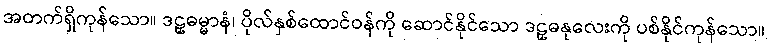
အတက်ရှိကုန်သော။ ဒဠှဓမ္မာနံ၊ ပိုလ်နှစ်ထောင်ဝန်ကို ဆောင်နိုင်သော ဒဠှဓနုလေးကို ပစ်နိုင်ကုန်သော။